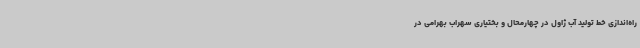
راه‌اندازی خط تولید آب ژاول در چهارمحال و بختیاری سهراب بهرامی در